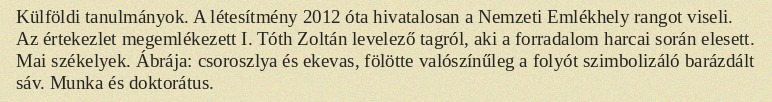
Külföldi tanulmányok. A létesítmény 2012 óta hivatalosan a Nemzeti Emlékhely rangot viseli. Az értekezlet megemlékezett I. Tóth Zoltán levelező tagról, aki a forradalom harcai során elesett. Mai székelyek. Ábrája: csoroszlya és ekevas, fölötte valószínűleg a folyót szimbolizáló barázdált sáv. Munka és doktorátus.